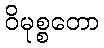
ဝိမုစ္စတော